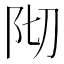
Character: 𮤺